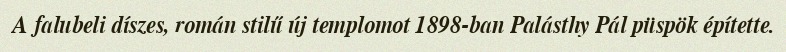
A falubeli díszes, román stilű új templomot 1898-ban Palásthy Pál püspök építette.